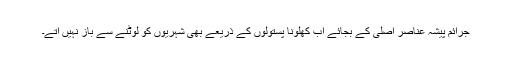
جرائم پیشہ عناصر اصلی کے بجائے اب کھلونا پستولوں کے ذریعے بھی شہریوں کو لوٹنے سے باز نہیں آتے۔